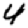
Digit: 4